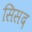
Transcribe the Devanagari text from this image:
सिसद